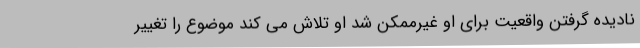
نادیده گرفتن واقعیت برای او غیرممکن شد او تلاش می کند موضوع را تغییر